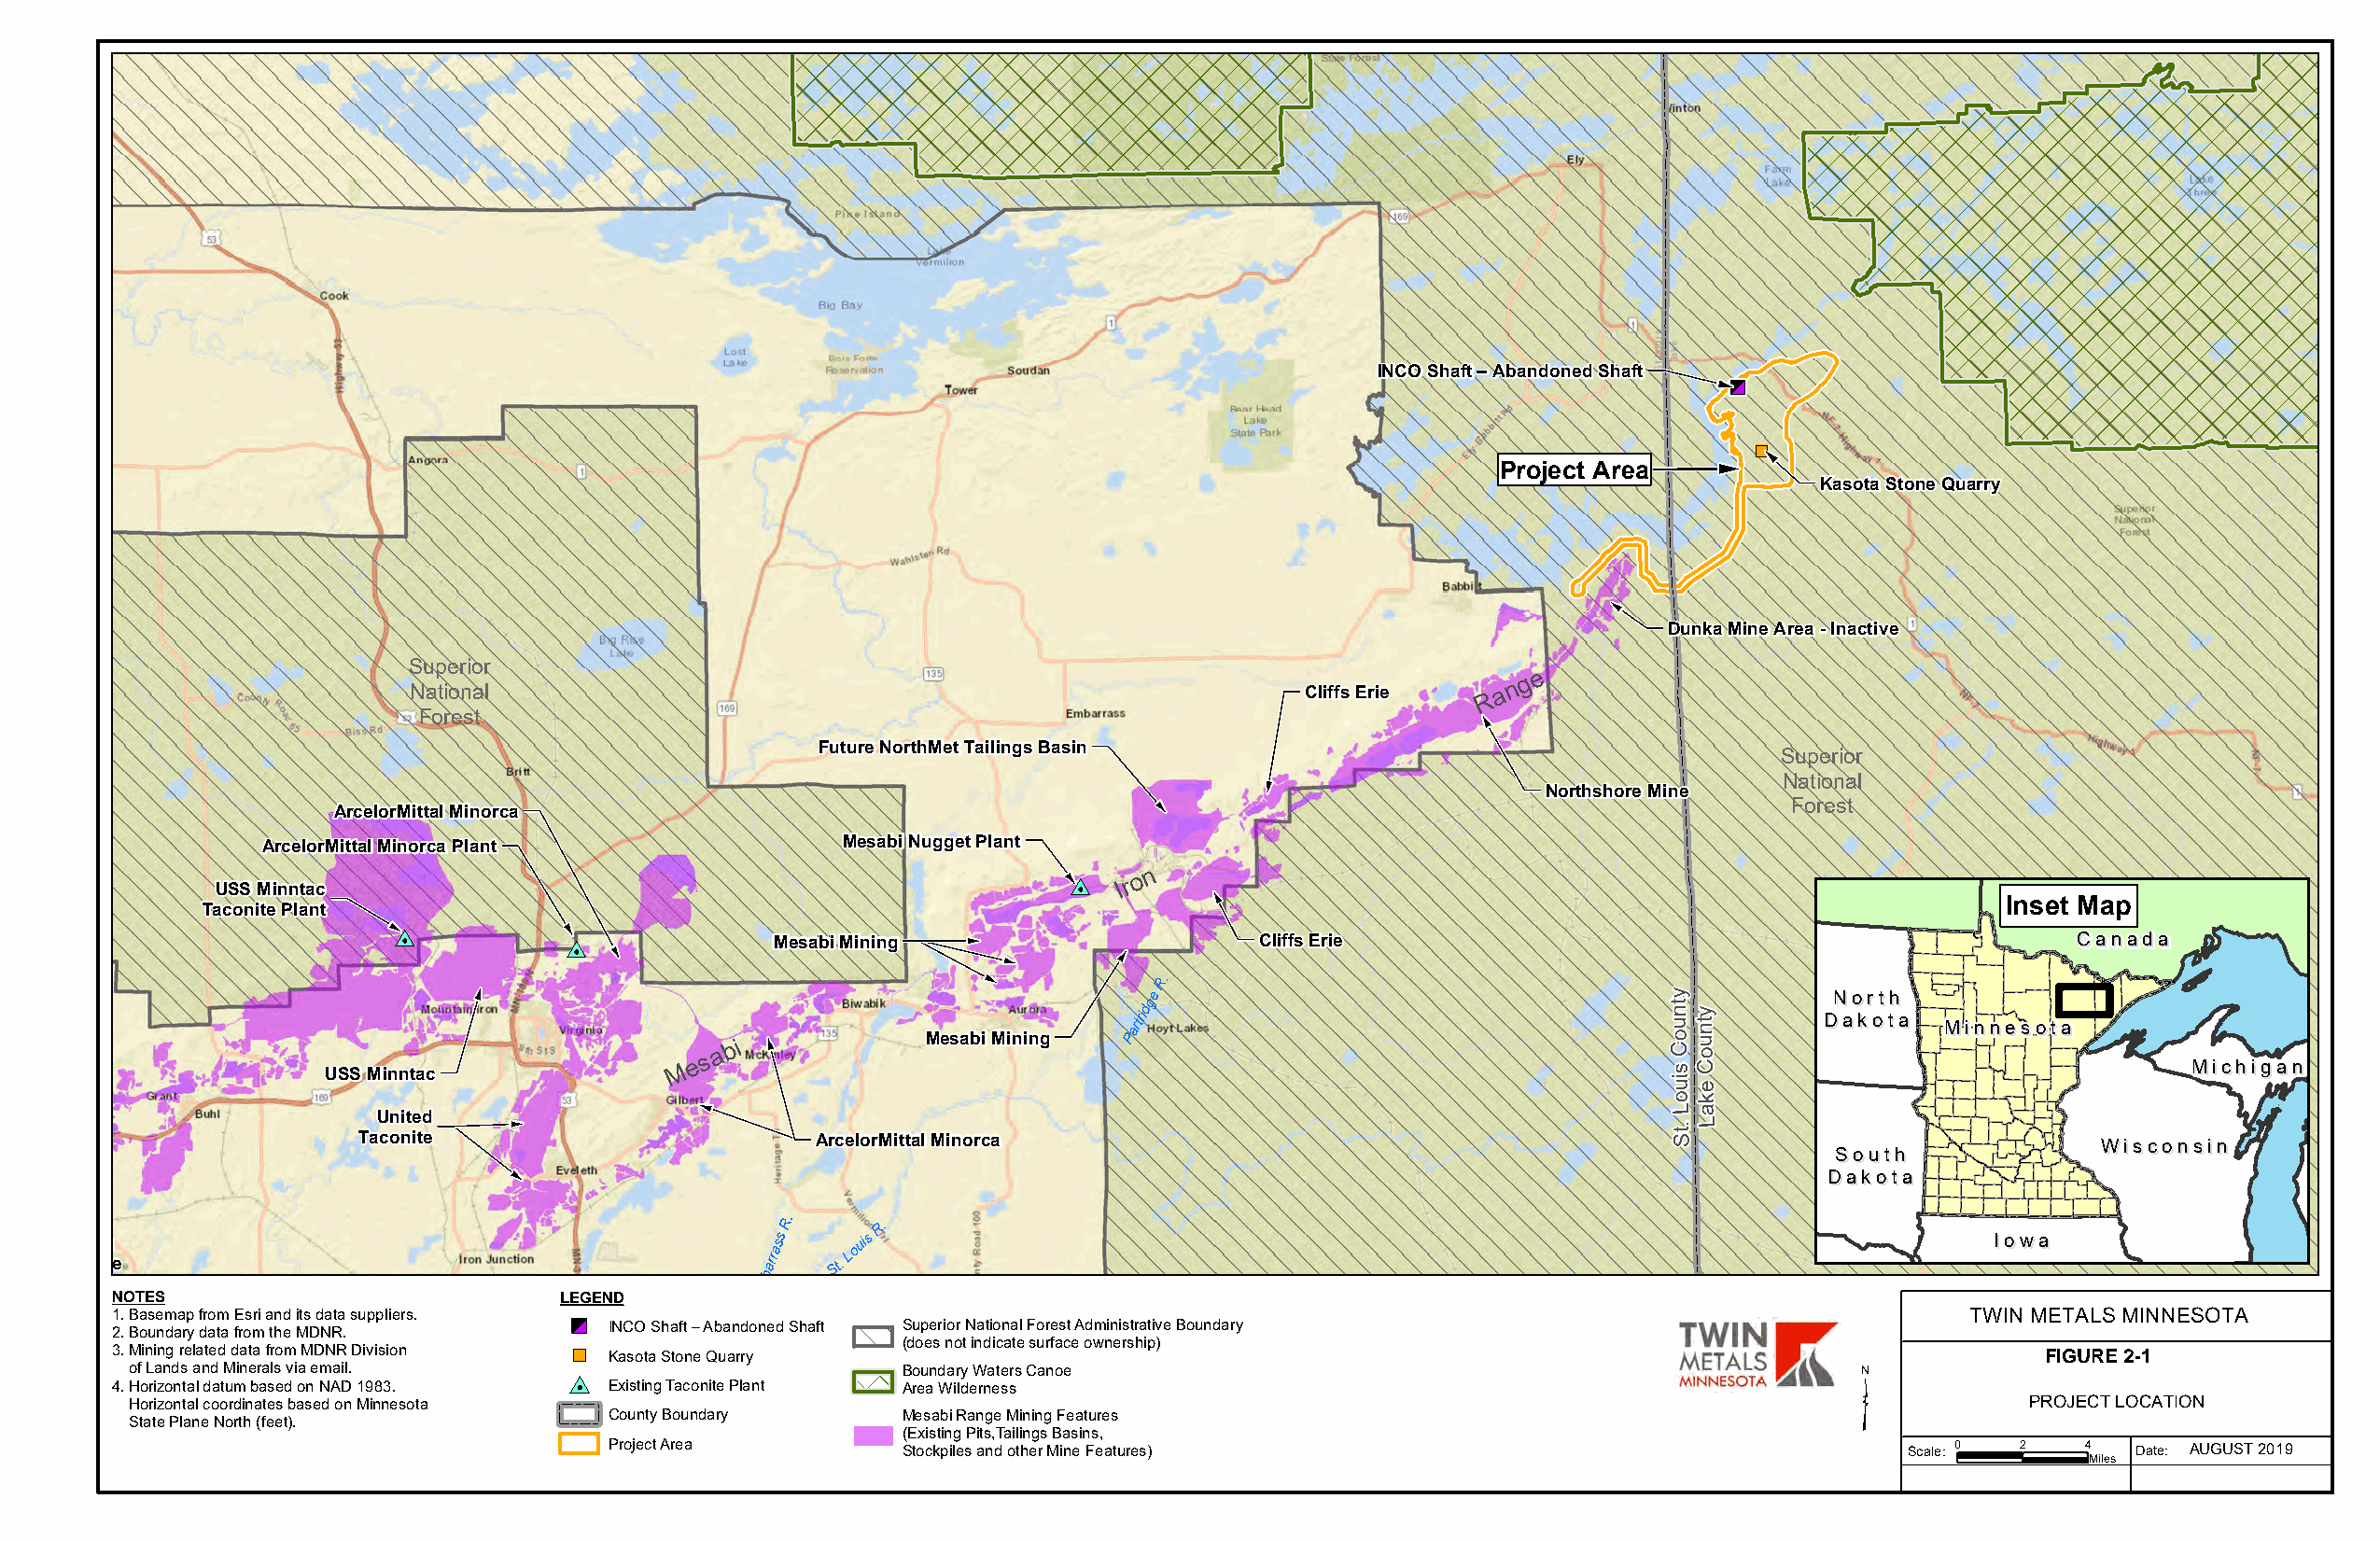
»
 INCO Shaft – Abandoned Shaft
 !"
 ")
 !
 Project Area    !
 Kasota Stone Quarry
 !
 Dunka Mine Area - Inactive
 Superior
 e
 National                                                        Cliffs Erie R a n g
 Forest
 !
 Future NorthMet Tailings Basin
 Superior
 National
 !
 Northshore Mine
 Forest
 ArcelorMittal Minorca                                     !
 ArcelorMittal Minorca Plant              Mesabi Nugget Plant
 USS Minntac
 !#0 Ir o n
 !                                                       Inset Map
 Taconite Plant
 !#0
 !#0            MMMeeesssaaabbbiii MMMiiinnniiinnnggg ! Cliffs Erie                                         CCaannaaddaa
 !                                    !
 !
 !           R.
 USS Minntac
 !
 M e s a bi !      Mesabi Mining
 Partridge                             y t
 n
 u o C s
 iuy
 t n u o C
 e
 DDNN aaoo kkrr oott th th
 aa MMiinnnneessoottaa MMiicchhiiggaann
 ok
 !                                                                    La
 UUnniitteedd !                                                                              .L
 TTaaccoonniittee                 AArrcceelloorrMMiittttaall MMiinnoorrccaa                    t S                           WWiissccoonnssiinn
 SSoouutthh
 !                                                                                             DDaakkoottaa
 !
 !
 H TH Taaiibb ccbb ooii nnnn iigg
 ttee
 barrass
 R.
 St.
 Louis
 R.
 IIoowwaa
 m
 NOTES                           LE»GEND       E
 1 2. . B Ba os ue nm daa rp y f dr ao tm a fE ros mri a thn ed Mits D d Na Rta . suppliers. " INCO Shaft – Abandoned Shaft Superior National Forest Administrative Boundary TWIN METALS MINNESOTA
 (does not indicate surface ownership)
 3. Mining related data from MDNR Division ") Kasota Stone Quarry                                                            ³             FIGURE 1-1
 of Lands and Minerals via email. #0                    Boundary Waters Canoe
 4. Horizontal datum based on NAD 1983. Existing Taconite Plant Area Wilderness
 Horizontal coordinates based on Minnesota                                                                                              PROJECT LOCATION
 County Boundary      Mesabi Range Mining Features
 State Plane North (feet).
 (Existing Pits,Tailings Basins,
 Project Area         Stockpiles and other Mine Features)                                    Scale: 0 2   4   Date: AUGUST 2019
 Miles